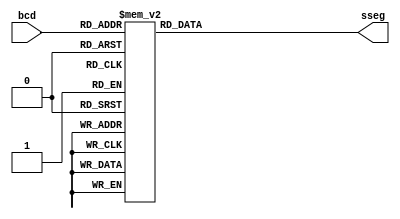
module bcd4dig_to_sseg_case(
  input [3:0] bcd,
  output reg [7:0] sseg );

  always @*
  begin
    case(bcd)
    
      4'b0000: sseg = 8'b1100_0000; // 0
      
      4'b0001: sseg = 8'b1111_1001; // 1
      
      4'b0010: sseg = 8'b1010_0100; // 2
      
      4'b0011: sseg = 8'b1011_0000; // 3
      
      4'b0100: sseg = 8'b1001_1001; // 4
      
      4'b0101: sseg = 8'b1001_0010; // 5
      
      4'b0110: sseg = 8'b1000_0010; // 6
      
      4'b0111: sseg = 8'b1111_1000; // 7
      
      4'b1000: sseg = 8'b1000_0000; // 8
      
      4'b1001: sseg = 8'b1001_0000; // 9
      
      4'b1111: sseg = 8'b1000_0000;

      default: sseg = 8'b0111_1111; // not displaying anything, except dp for other combinations
    endcase
  end
  
endmodule